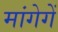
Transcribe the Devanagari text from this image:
मांगेगें